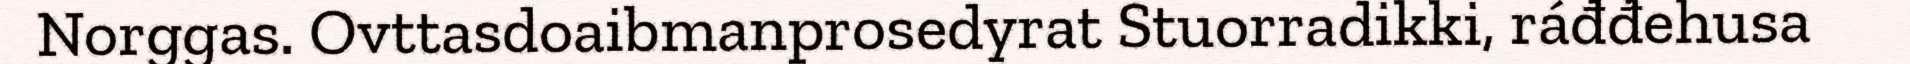
Norggas. Ovttasdoaibmanprosedyrat Stuorradikki, ráđđehusa